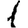
Digit: 1